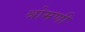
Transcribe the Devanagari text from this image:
श्रोमणी